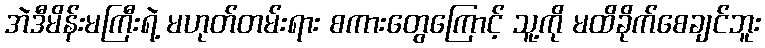
အဲဒီမိန်းမကြီးရဲ့ မဟုတ်တမ်းရား စကားတွေကြောင့် သူ့ကို မထိခိုက်စေချင်ဘူး